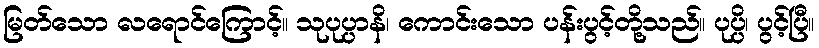
မြတ်သော လရောင်ကြောင့်။ သုပုပ္ပာနိ၊ ကောင်းသော ပန်းပွင့်တို့သည်။ ပုပ္ပိ၊ ပွင့်ပြီ။